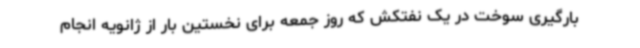
بارگیری سوخت در یک نفتکش که روز جمعه برای نخستین بار از ژانویه انجام